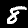
Digit: 8